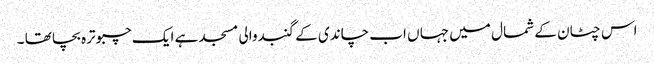
اس چٹان کے شمال میں جہا ں اب چاندی کے گنبدوالی مسجد ہے ایک چبوترہ بچا تھا ۔